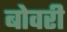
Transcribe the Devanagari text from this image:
बोवरी